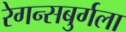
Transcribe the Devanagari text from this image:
रेगन्सबुर्गला